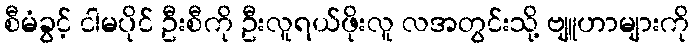
စီမံခွင့် ငါမပိုင် ဦးစီကို ဦးလူရယ်ဖိုးလူ လအတွင်းသို့ ဗျူဟာများကို